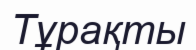
Тұрақты